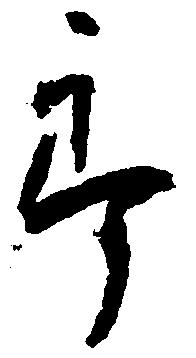
郎